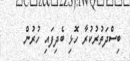
ބިސްދަތުރުކުރާ ހޮޅި ބެދިފައި ހުރުން